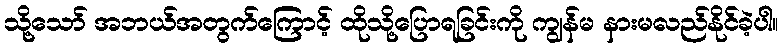
သို့သော် အဘယ်အတွက်ကြောင့် ထိုသို့ပြောရခြင်းကို ကျွန်မ နားမလည်နိုင်ခဲ့ပါ။